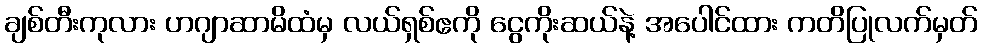
ချစ်တီးကုလား ဟဂျာဆာမိထံမှ လယ်ရှစ်ဧကို ငွေကိုးဆယ်နဲ့ အပေါင်ထား ကတိပြုလက်မှတ်